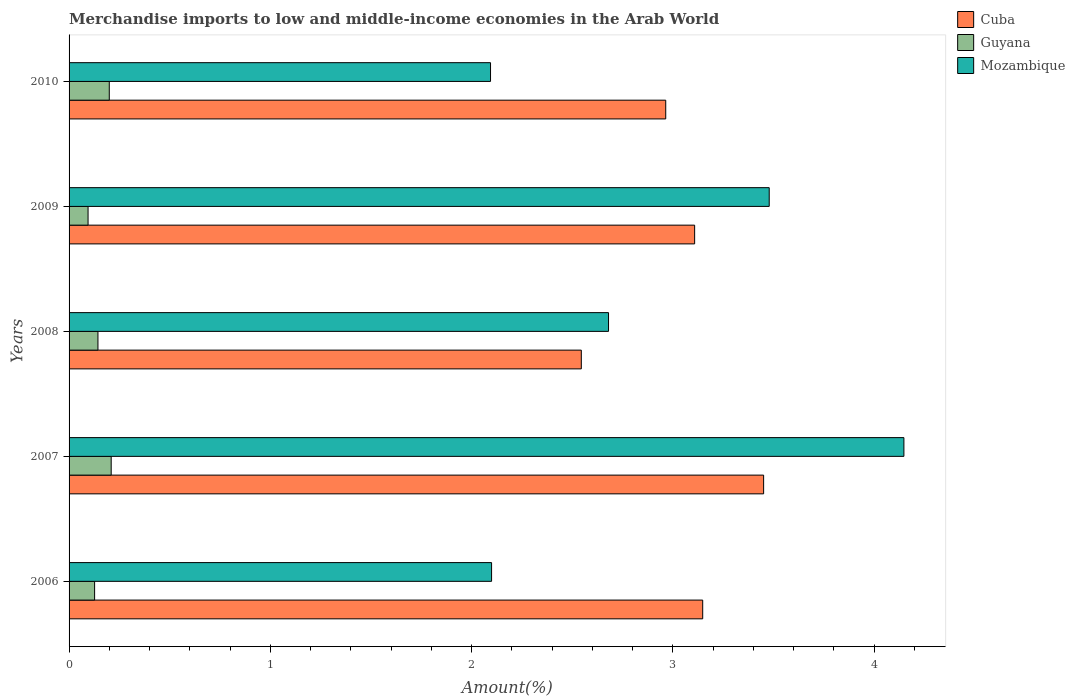
| Years | Cuba | Guyana | Mozambique |
 | --- | --- | --- | --- |
 | 2006 | 3.15 | 0.127 | 2.1 |
 | 2007 | 3.45 | 0.209 | 4.15 |
 | 2008 | 2.55 | 0.144 | 2.68 |
 | 2009 | 3.11 | 0.0943 | 3.48 |
 | 2010 | 2.96 | 0.2 | 2.09 |